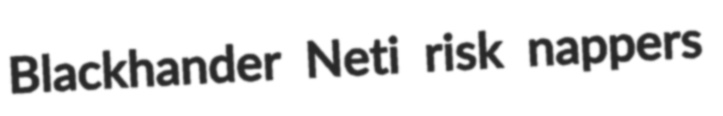
Blackhander Neti risk nappers